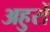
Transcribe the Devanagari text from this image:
अहुरों